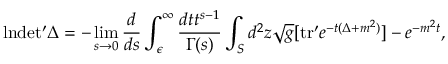
\mathrm { l n } \mathrm { d e t ^ { \prime } } \Delta = - \operatorname * { l i m } _ { s \to 0 } { \frac { d } { d s } } \int _ { \epsilon } ^ { \infty } { \frac { d t t ^ { s - 1 } } { \Gamma ( s ) } } \int _ { S } d ^ { 2 } z { \sqrt { g } } [ \mathrm { t r ^ { \prime } } e ^ { - t ( \Delta + m ^ { 2 } ) } ] - e ^ { - m ^ { 2 } t } ,